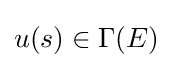
u(s)\in \Gamma (E)